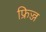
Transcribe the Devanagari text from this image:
फ्रिज्ज